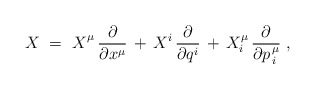
\begin{align*} X ~=~ X_{\vphantom{i}}^\mu \, \frac{\partial}{\partial x^\mu} \, + \, X^i \, \frac{\partial}{\partial q^i} \, + \, X_i^\mu \, \frac{\partial}{\partial p\>\!_i^\mu}~,\end{align*}